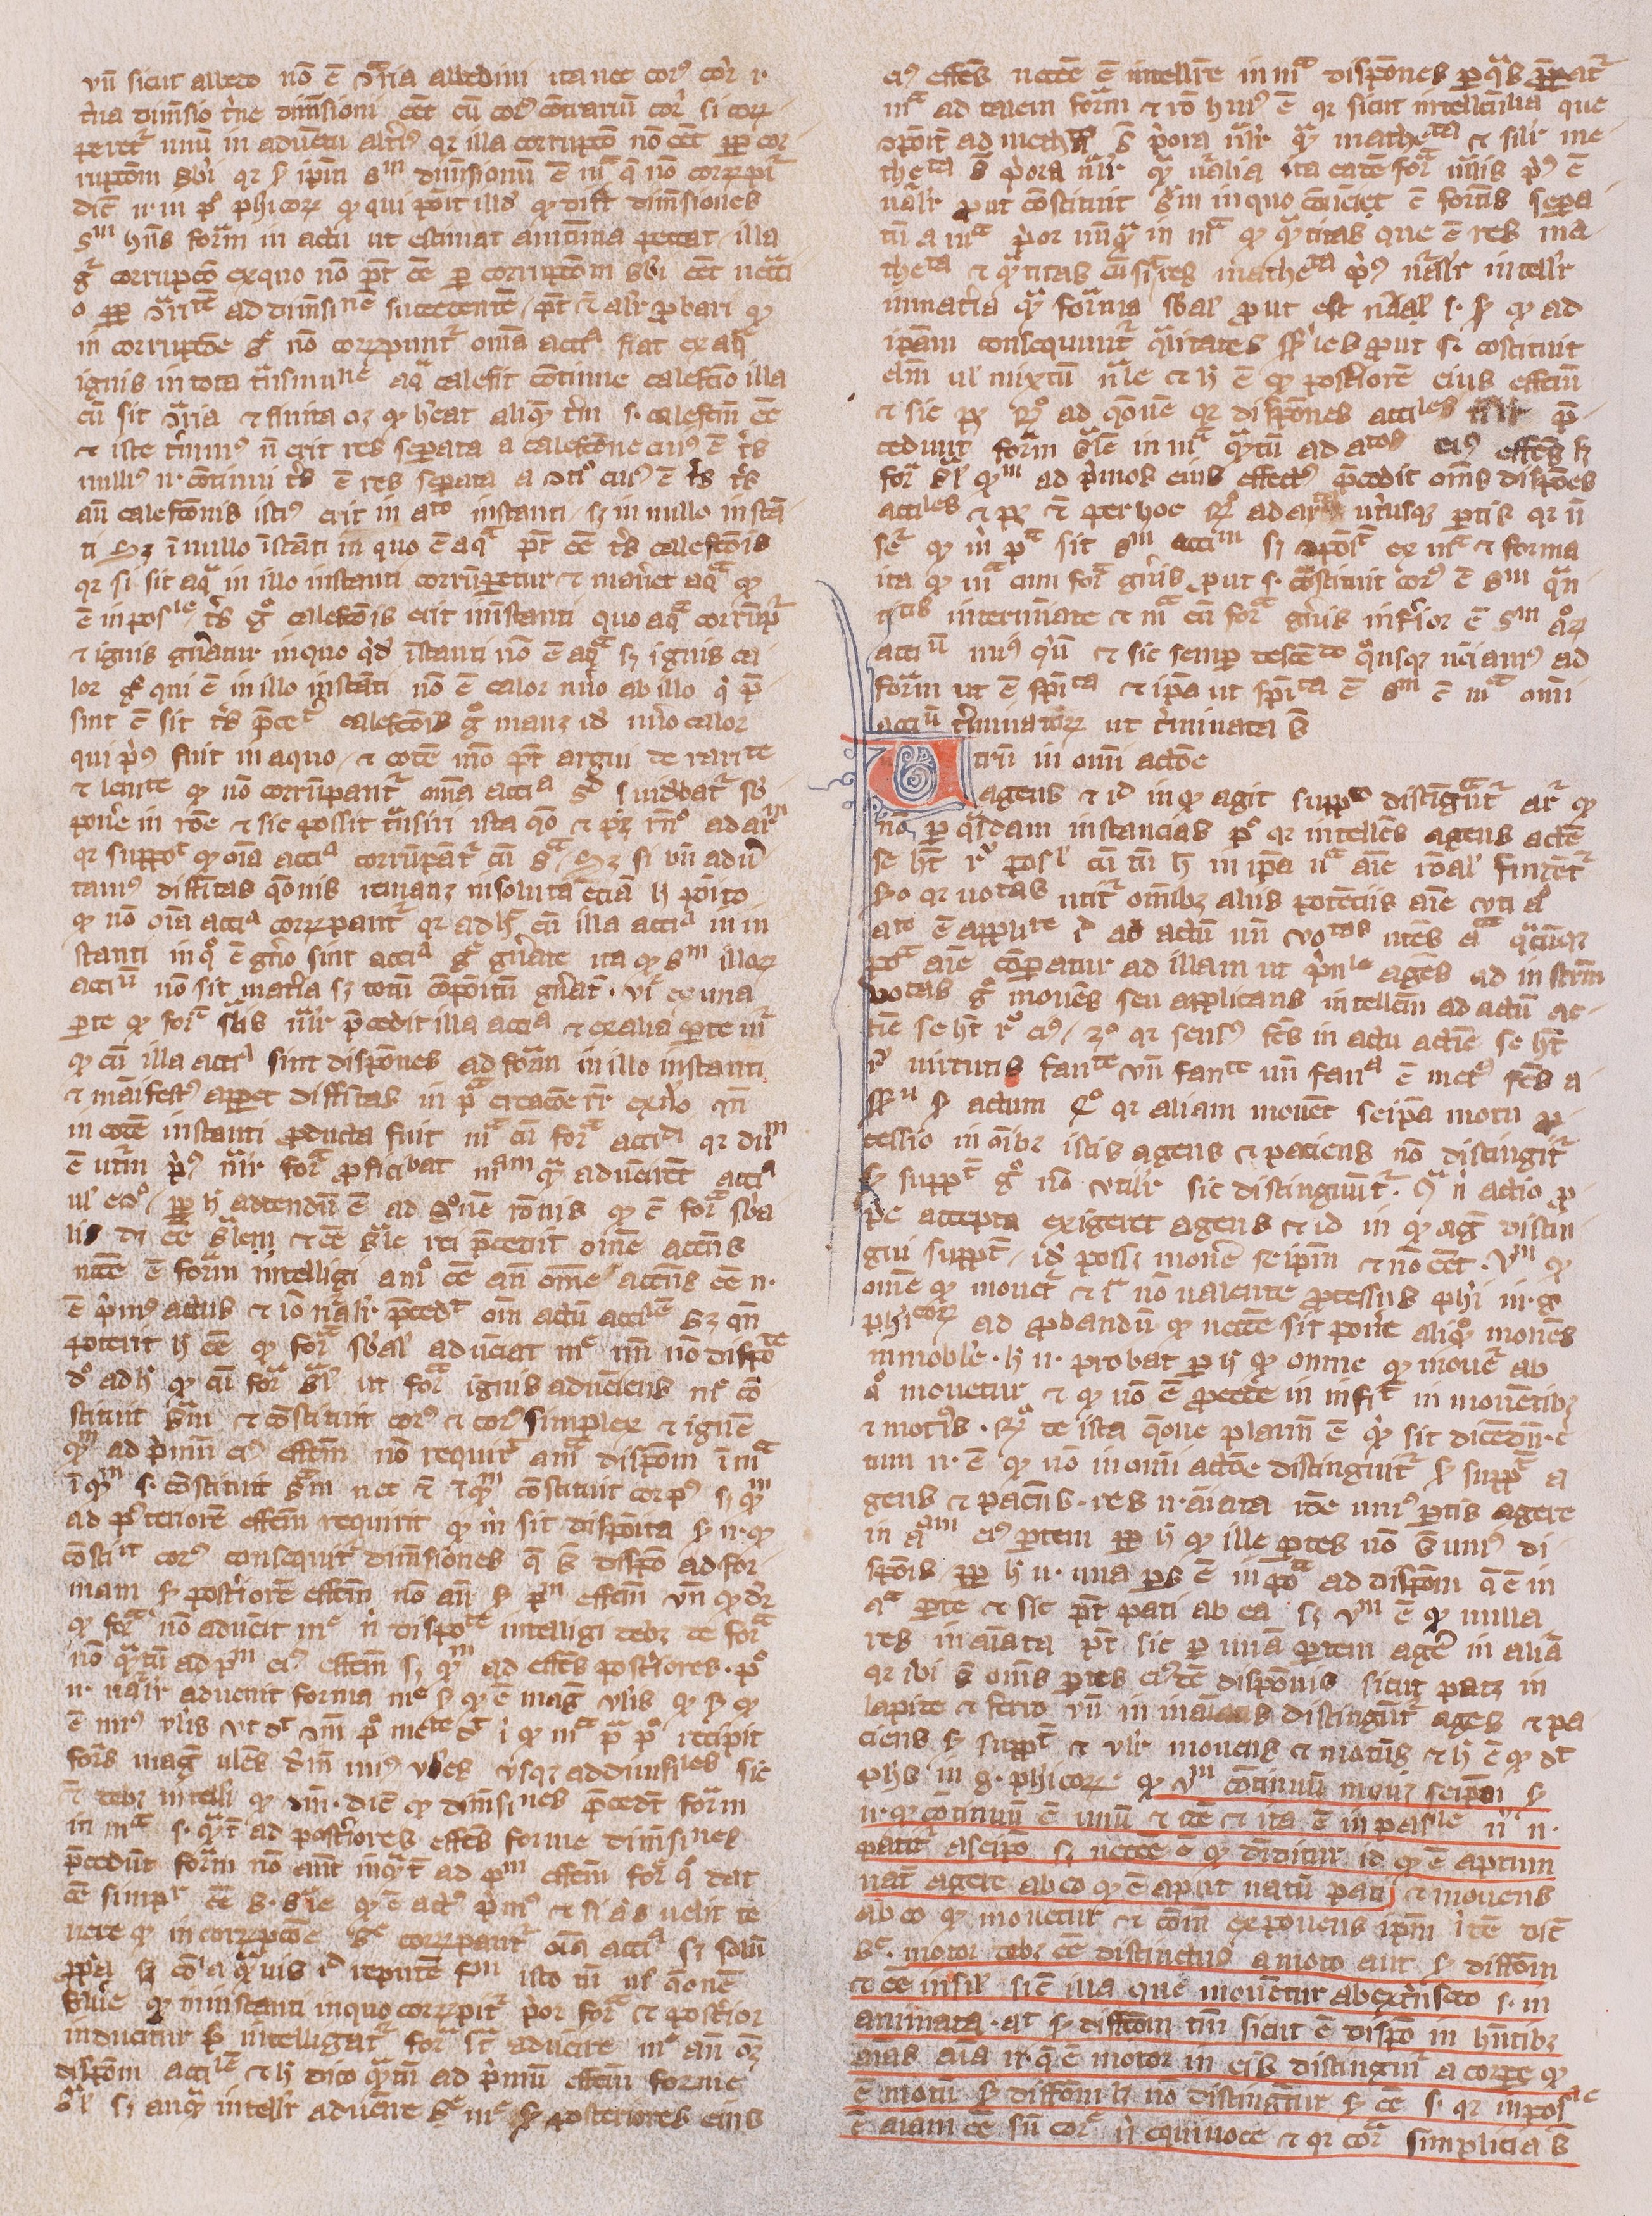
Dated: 1300–1399